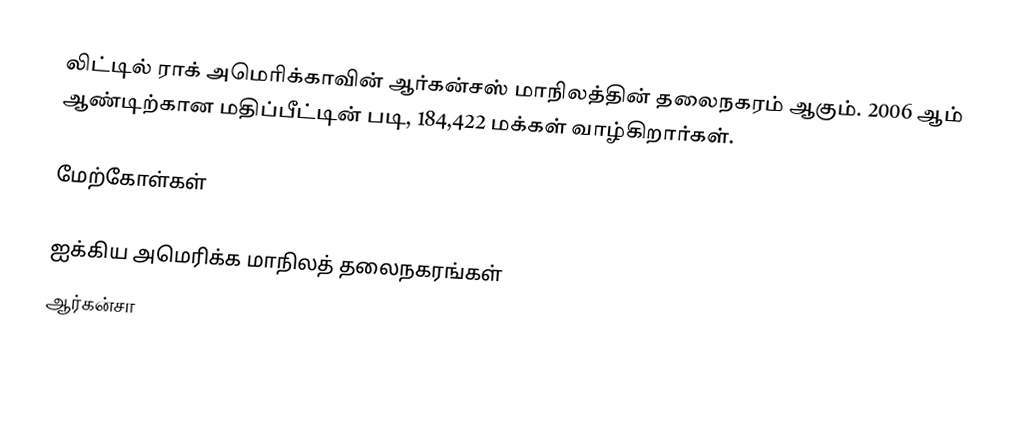
லிட்டில் ராக் அமெரிக்காவின் ஆர்கன்சஸ் மாநிலத்தின்  தலைநகரம் ஆகும். 2006 ஆம் ஆண்டிற்கான மதிப்பீட்டின் படி, 184,422 மக்கள் வாழ்கிறார்கள்.

மேற்கோள்கள்

ஐக்கிய அமெரிக்க மாநிலத் தலைநகரங்கள்
ஆர்கன்சா